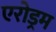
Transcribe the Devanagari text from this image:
एरोड्रम